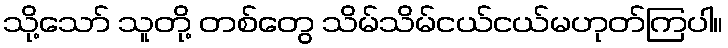
သို့သော် သူတို့ တစ်တွေ သိမ်သိမ်ငယ်ငယ်မဟုတ်ကြပါ။